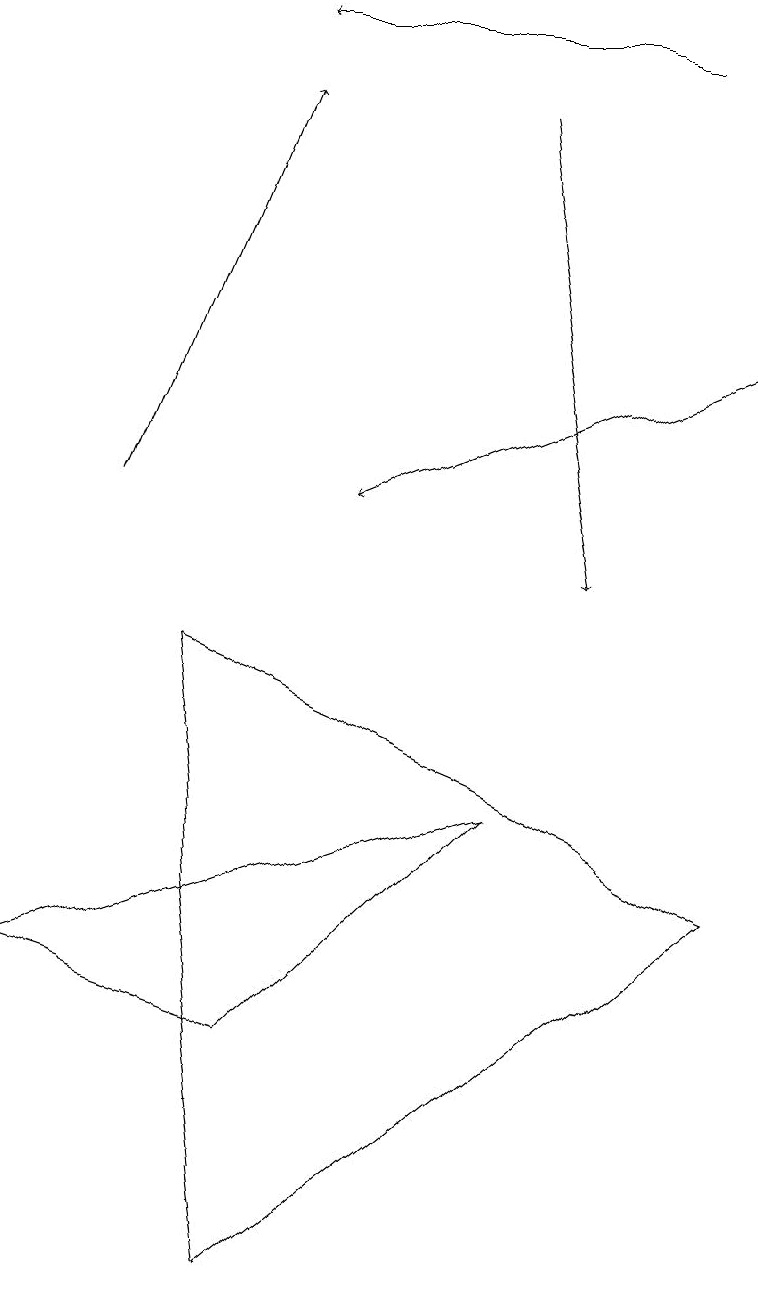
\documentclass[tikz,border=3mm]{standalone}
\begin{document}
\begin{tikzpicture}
\draw[->] (1,11) -- (3,16);
\draw (3,1) -- (9,6) -- (2,9) -- cycle;
\draw[->] (8,17) -- (3,17);
\draw (3,4) -- (0,5) -- (6,7) -- cycle;
\draw[->] (6,16) -- (7,10);
\draw[->] (9,13) -- (4,11);
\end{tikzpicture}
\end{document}